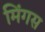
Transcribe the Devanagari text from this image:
मिंगस